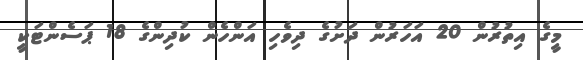
މީގެ އިތުރުން 20 އަހަރުން ދަށުގެ ދިވެހި އަންހެން ކުދިންގެ 18 ޕަސެންޓަކީ